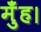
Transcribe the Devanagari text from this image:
मुँह।